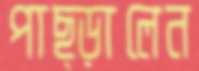
পাছ্‌ড়ালেন